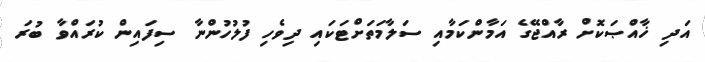
އަދި ޚާއްޞަކޮށް ރާއްޖޭގެ އަމާންކަމާއި ސަލާމަތަށްޓަކައި ދިވެހި ފުލުހުންނާ ސިފައިން ކުރައްވާ ބުރަ